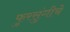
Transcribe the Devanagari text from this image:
फुरसुंगीचे